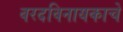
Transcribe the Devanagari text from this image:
वरदविनायकाचे